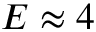
E \approx 4